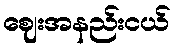
ဈေးအနည်းငယ်